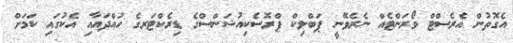
އެގޮތުން އެރެސްޓް ވޯރަންޓެއް ނެރެވޭނީ ޕަބްލިކް ޕްރޮސެކިއުޝަންސްގެ ޑިރެކްޓަރގެ ހުއްދައާއި އެކުގައި ކަމަށް